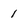
Character: 1